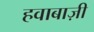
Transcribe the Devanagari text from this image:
हवाबाज़ी